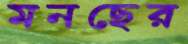
মনছের